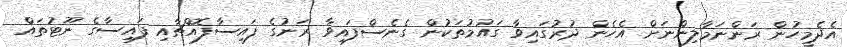
އެދެމީހުން ރަންނަމާލިންނަށް އެހެން ދުރުގައިވާ ގައުމުތަކުން ގެނެސްފައިވާ ރަނުގެ ފައިސާފޮއްޗާއި ފައިސާގެ ނޫޓުތައް